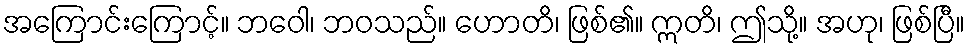
အကြောင်းကြောင့်။ ဘဝေါ၊ ဘဝသည်။ ဟောတိ၊ ဖြစ်၏။ ဣတိ၊ ဤသို့။ အဟု၊ ဖြစ်ပြီ။